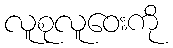
လူစုလူဝေးကို